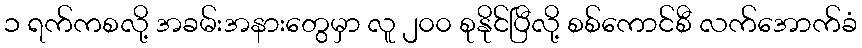
၁ ရက်ကစလို့ အခမ်းအနားတွေမှာ လူ ၂၀၀ စုနိုင်ပြီလို့ စစ်ကောင်စီ လက်အောက်ခံ